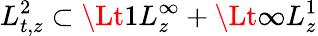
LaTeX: L_{t,z}^{2}\subset\Lt 1L_{z}^{\infty}+\Lt\infty L_{z}^{1}